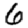
Digit: 6